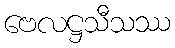
ဗေလဋ္ဌသီသဿ